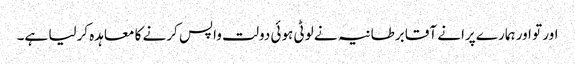
اور تو اور ہمارے پرانے آقا برطانیہ نے لوٹی ہوئی دولت واپس کرنے کا معاہدہ کرلیا ہے۔